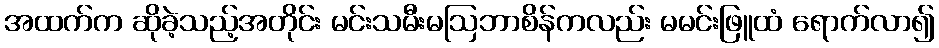
အထက်က ဆိုခဲ့သည့်အတိုင်း မင်းသမီးမဩဘာစိန်ကလည်း မမင်းဖြူထံ ရောက်လာ၍